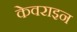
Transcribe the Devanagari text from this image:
केवराइन